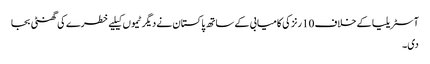
آسٹریلیا کے خلاف 10 رنز کی کامیابی کے ساتھ پاکستان نے دیگر ٹیموں کیلیے خطرے کی گھنٹی بجا
دی۔